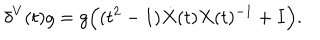
\delta ^ { V } ( t ) g = g \Big ( ( t ^ { 2 } - 1 ) \dot { X } ( t ) X ( t ) ^ { - 1 } + I \Big ) .